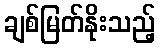
ချစ်မြတ်နိုးသည့်